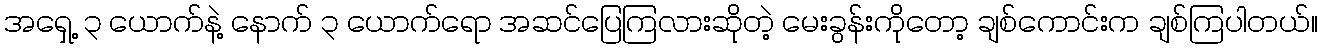
အရှေ့ ၃ ယောက်နဲ့ နောက် ၃ ယောက်ရော အဆင်ပြေကြလားဆိုတဲ့ မေးခွန်းကိုတော့ ချစ်ကောင်းက ချစ်ကြပါတယ်။